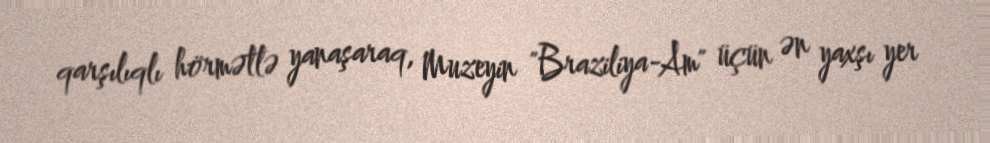
qarşılıqlı hörmətlə yanaşaraq, Muzeyin "Braziliya-Am" üçün ən yaxşı yer